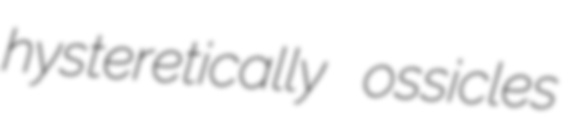
hysteretically ossicles